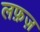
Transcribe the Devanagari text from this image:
लफ़ज़